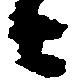
ニ